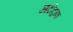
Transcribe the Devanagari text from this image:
आटोट्राफ